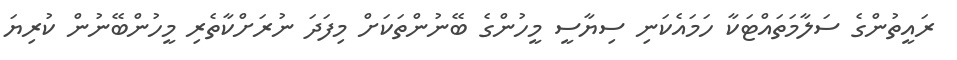
ރައީތުންގެ ސަލާމަތައްޓަކާ ހަމައެކަނި ސިޔާސީ މީހުންގެ ބޭނުންތަކަށް މިފަދަ ނުރަށްކާތެރި މީހުންބޭނުން ކުރިޔަ